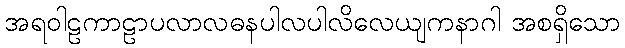
အရဝါဠကာဠာပလာလဓနပါလပါလိလေယျကနာဂါ အစရှိသော